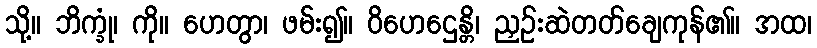
သို့။ ဘိက္ခုံ၊ ကို။ ဟေတွာ၊ ဖမ်း၍။ ဝိဟေဌေန္တိ၊ ညှဉ်းဆဲတတ်ချေကုန်၏။ အထ၊